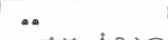
٥٨